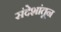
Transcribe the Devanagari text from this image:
संदेशांतून